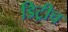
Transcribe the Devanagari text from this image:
डिट्रीच